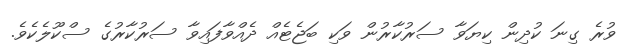
ވުރެ ގިނަ ކުދިން ކިޔަވާ ސަރުކާރުން ވަކި ބަޖެޓެއް ދެއްވާފައިވާ ސަރުކާރުގެ ސްކޫލެކެވެ.